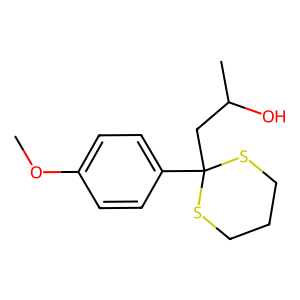
SMILES: COc1ccc(C2(CC(C)O)SCCCS2)cc1
Inhibits HIV replication: No